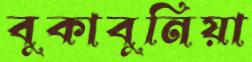
বুকাবুনিয়া